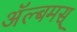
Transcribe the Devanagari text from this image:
अॅल्बमस्